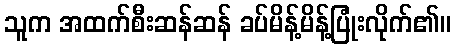
သူက အထက်စီးဆန်ဆန် ခပ်မိန့်မိန့်ပြုံးလိုက်၏။